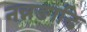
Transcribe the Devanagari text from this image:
नन्नङाडि